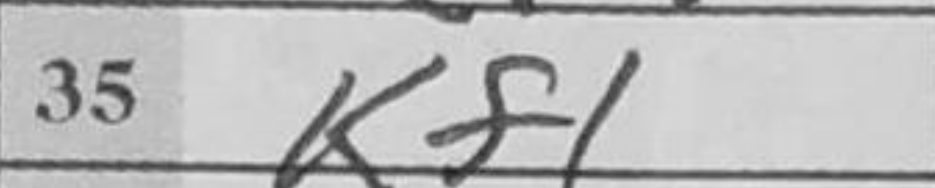
Transcription: Kf1